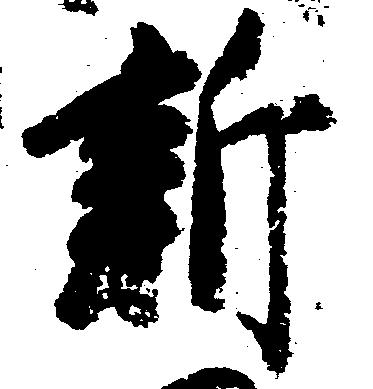
新